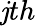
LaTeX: \mathit{j}th